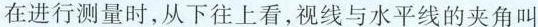
在进行测量时，从下往上看，视线与水平线的夹角叫